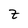
Character: z